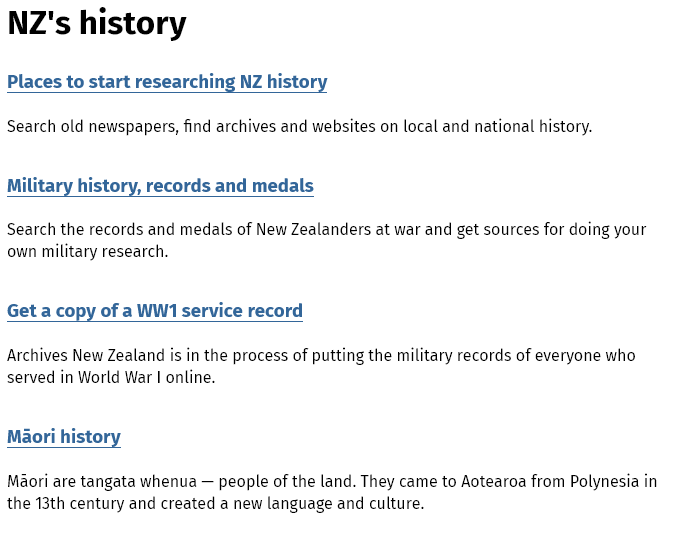
NZ's    history
  Places to start researching NZ history
  Mi   ry history, records and medals
  Get a copy of a WW1 service record
  Archives New Zealand is in the process of putting the military records of everyone who
  served in World War I online.
  Search the records and medals of New Zealanders at war and get sources for doing your
  own military research.
  Search old newspapers, find archives and websites on local and national history.
  Maori are tangata whenua
     —
     people of the land. They came to Aotearoa from Polynesia in
  the 13th century and created a new language and culture.